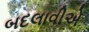
બદલાવીએ